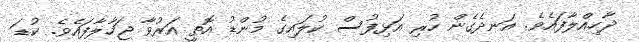
ދާހިއްލާފައެވެ. އަނދެގެން ހުރި އަޅިފުސް ކުލައިގެ މުންޑު އޮތީ އަރުވާ ޖަހާލާފައެވެ. ކުޑަ